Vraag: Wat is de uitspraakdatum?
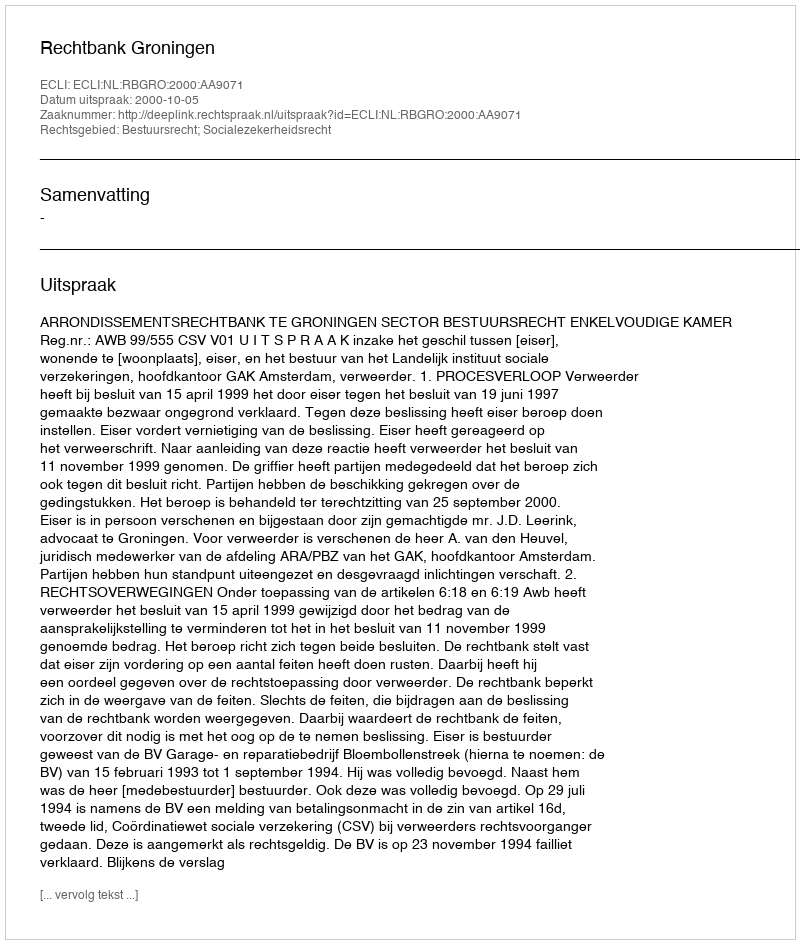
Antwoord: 2000-10-05